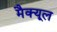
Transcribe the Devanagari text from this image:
मैक्यूल